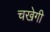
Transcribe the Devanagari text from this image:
चखेगी